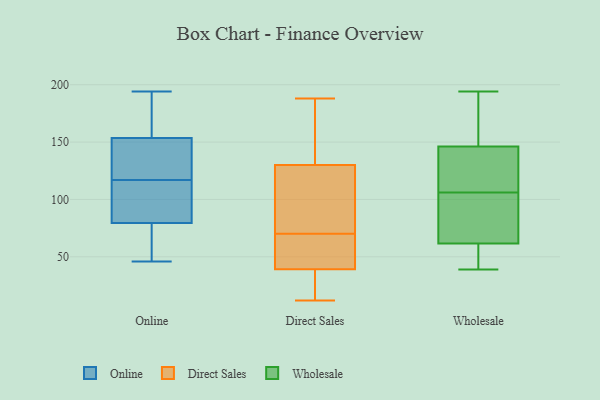
{"axis": {"x": "Churn Rate (%)", "y": "Value"}, "legend": ["Direct Sales", "Online", "Wholesale"], "data": [{"x": "", "y": 194, "type": "Online"}, {"x": "", "y": 128, "type": "Online"}, {"x": "", "y": 168, "type": "Online"}, {"x": "", "y": 46, "type": "Online"}, {"x": "", "y": 118, "type": "Online"}, {"x": "", "y": 82, "type": "Online"}, {"x": "", "y": 113, "type": "Online"}, {"x": "", "y": 180, "type": "Online"}, {"x": "", "y": 116, "type": "Online"}, {"x": "", "y": 184, "type": "Online"}, {"x": "", "y": 57, "type": "Online"}, {"x": "", "y": 118, "type": "Online"}, {"x": "", "y": 84, "type": "Online"}, {"x": "", "y": 49, "type": "Online"}, {"x": "", "y": 46, "type": "Online"}, {"x": "", "y": 137, "type": "Online"}, {"x": "", "y": 77, "type": "Online"}, {"x": "", "y": 139, "type": "Online"}, {"x": "", "y": 189, "type": "Online"}, {"x": "", "y": 82, "type": "Online"}, {"x": "", "y": 36, "type": "Direct Sales"}, {"x": "", "y": 51, "type": "Direct Sales"}, {"x": "", "y": 170, "type": "Direct Sales"}, {"x": "", "y": 124, "type": "Direct Sales"}, {"x": "", "y": 12, "type": "Direct Sales"}, {"x": "", "y": 101, "type": "Direct Sales"}, {"x": "", "y": 110, "type": "Direct Sales"}, {"x": "", "y": 19, "type": "Direct Sales"}, {"x": "", "y": 65, "type": "Direct Sales"}, {"x": "", "y": 39, "type": "Direct Sales"}, {"x": "", "y": 140, "type": "Direct Sales"}, {"x": "", "y": 40, "type": "Direct Sales"}, {"x": "", "y": 70, "type": "Direct Sales"}, {"x": "", "y": 188, "type": "Direct Sales"}, {"x": "", "y": 132, "type": "Direct Sales"}, {"x": "", "y": 81, "type": "Wholesale"}, {"x": "", "y": 39, "type": "Wholesale"}, {"x": "", "y": 157, "type": "Wholesale"}, {"x": "", "y": 93, "type": "Wholesale"}, {"x": "", "y": 111, "type": "Wholesale"}, {"x": "", "y": 65, "type": "Wholesale"}, {"x": "", "y": 194, "type": "Wholesale"}, {"x": "", "y": 117, "type": "Wholesale"}, {"x": "", "y": 106, "type": "Wholesale"}, {"x": "", "y": 42, "type": "Wholesale"}, {"x": "", "y": 51, "type": "Wholesale"}, {"x": "", "y": 143, "type": "Wholesale"}, {"x": "", "y": 156, "type": "Wholesale"}]}